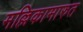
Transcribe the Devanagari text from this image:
मल्लिकामारुत